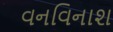
વનવિનાશ